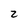
Character: 2